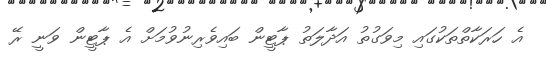
އެ ހަރަކާތްތަކުގައި މިވަގުތު އަދާލަތު ޕާޓީން ބައިވެރިނުވުމަށް އެ ޕާޓީން ވަނީ ރޭ